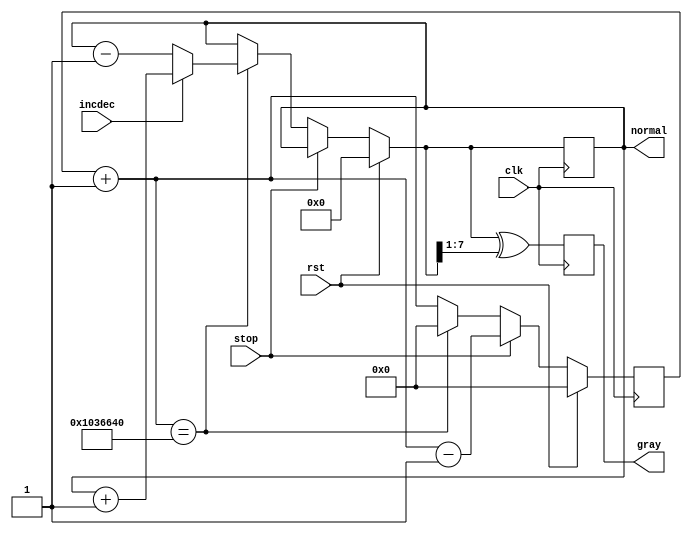
module GrayCounter(
    input clk,
    input incdec,
    input stop,
	 input rst,
    output [7:0] gray,
	 output [7:0] normal
    );

	parameter CLK_DIV = 17_000_000;
	reg [31:0] clkDiv = 32'd0;
	
	reg [7:0] curGray = 8'b0;
	reg [7:0] curNum = 8'b0;

	assign gray = curGray;
	assign normal = curNum;
	
	always @(posedge clk)
	begin
		// increment the clock divider
		clkDiv = clkDiv + 1;
		
		// reset and run control
		if (rst == 1) begin
			clkDiv = 0;
			curNum = 8'b0;
		end else if (stop == 1)
			clkDiv = clkDiv - 1;
		else if (clkDiv == CLK_DIV)
		begin
			// first, reset the clock divider
			clkDiv = 0;
			
			// use the inc/dec input
			if (incdec == 1) 
				curNum = curNum + 1;
			else
				curNum = curNum - 1;
		end
		
		curGray = curNum ^ (curNum >> 1);
	end

endmodule